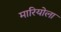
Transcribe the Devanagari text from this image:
मारियोला